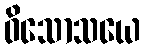
ဝိသောသယေ